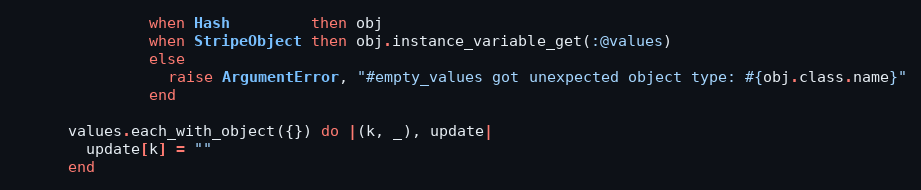
Language: Ruby
               when Hash         then obj
               when StripeObject then obj.instance_variable_get(:@values)
               else
                 raise ArgumentError, "#empty_values got unexpected object type: #{obj.class.name}"
               end

      values.each_with_object({}) do |(k, _), update|
        update[k] = ""
      end